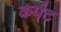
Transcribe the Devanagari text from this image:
कर्पट